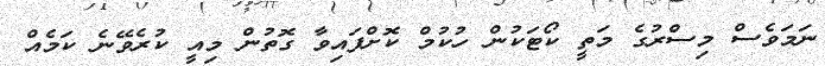
ނަމަވެސް މިސްރުގެ މަތީ ކޯޓަކުން ހުކުމް ކޮށްފައިވާ ގޮތުން މިއީ ކުރެވޭނެ ކަމެއް